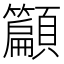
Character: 𮨣